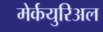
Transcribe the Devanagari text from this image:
मेर्कयुरिअल